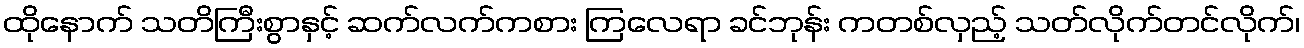
ထိုနောက် သတိကြီးစွာနှင့် ဆက်လက်ကစား ကြလေရာ ခင်ဘုန်း ကတစ်လှည့် သတ်လိုက်တင်လိုက်၊